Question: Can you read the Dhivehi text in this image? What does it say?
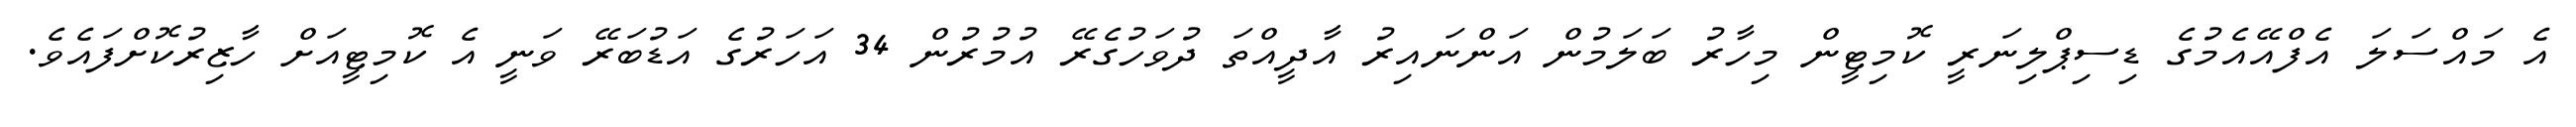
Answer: އެ މައްސަލަ އެފްއޭއެމުގެ ޑިސިޕްލިނަރީ ކޮމިޓީން މިހާރު ބަލަމުން އަންނައިރު އާދީއްތަ ދުވަހުގެރޭ އުމުރުން 34 އަހަރުގެ އަޑުބަރޭ ވަނީ އެ ކޮމިޓީއަށް ހާޒިރުކޮށްފައެވެ.